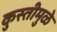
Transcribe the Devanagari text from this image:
कुस्तीमुळे